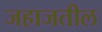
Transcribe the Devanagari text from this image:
जहाजतील